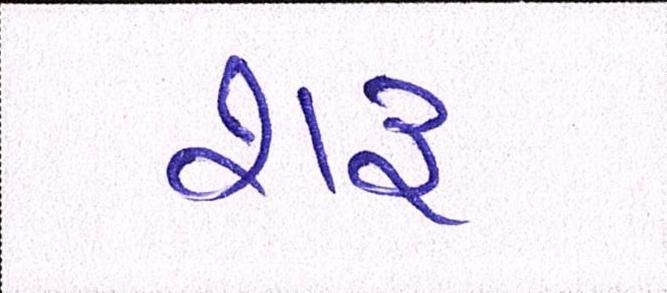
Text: શરુ